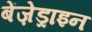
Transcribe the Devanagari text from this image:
बेंज़ेड्राइन